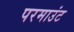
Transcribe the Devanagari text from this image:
परमाउंट